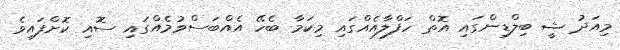
މިއަދު ޝީ ބިލްޑިންގައި އޮތް ހަފްލާއެއްގައި މިކަމާ ބެހޭ އެއްބަސްވުމެއްގައި ސޮއި ކޮށްފައިވެ